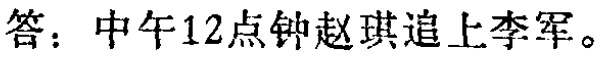
答：中午12点钟赵琪追上李军。